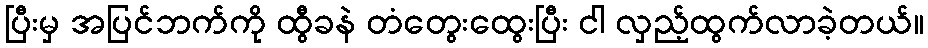
ပြီးမှ အပြင်ဘက်ကို ထွီခနဲ တံတွေးထွေးပြီး ငါ လှည့်ထွက်လာခဲ့တယ်။